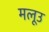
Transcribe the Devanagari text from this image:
मलूउ